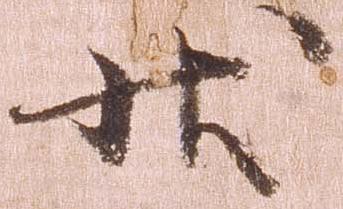
状